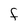
Character: F